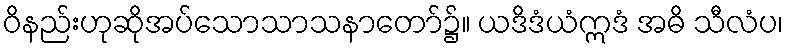
ဝိနည်းဟုဆိုအပ်သောသာသနာတော်၌။ ယဒိဒံယံဣဒံ အဓိ သီလံပ၊